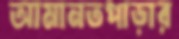
আমানতপাড়ার